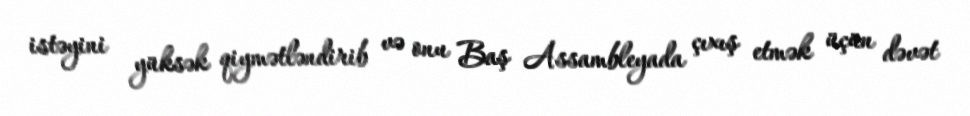
istəyini yüksək qiymətləndirib və onu Baş Assambleyada çıxış etmək üçün dəvət